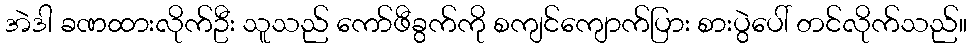
အဲဒါ ခဏထားလိုက်ဦး သူသည် ကော်ဖီခွက်ကို စကျင်ကျောက်ပြား စားပွဲပေါ် တင်လိုက်သည်။